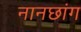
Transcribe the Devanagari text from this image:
नानछांग